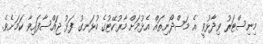
މިނިސްޓަރު ވިދާޅުވީ އެ މަސްދޯނިތައް އެޅުމަށް މާރުކޭޓުގެ ހުޅަނގު ފަޅު ޖައްސާފައިވާ ކަމަށެވެ.